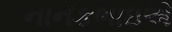
નાનકભાઇએ